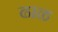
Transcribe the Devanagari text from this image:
ढाळ